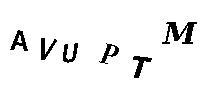
AVUPTM